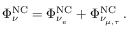
\Phi _ { \nu } ^ { \mathrm { N C } } = \Phi _ { \nu _ { e } } ^ { \mathrm { N C } } + \Phi _ { \nu _ { \mu , \tau } } ^ { \mathrm { N C } } \, .